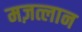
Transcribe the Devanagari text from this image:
मज़त्लान